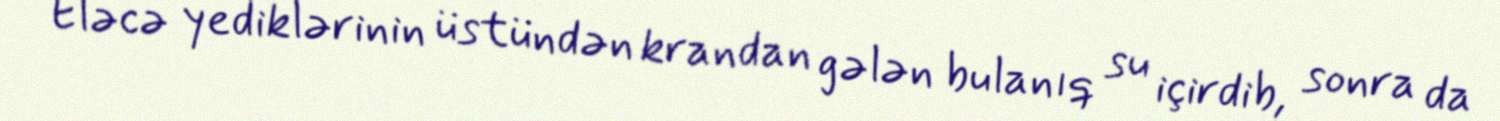
Eləcə yediklərinin üstündən krandan gələn bulanıq su içirdib, sonra da